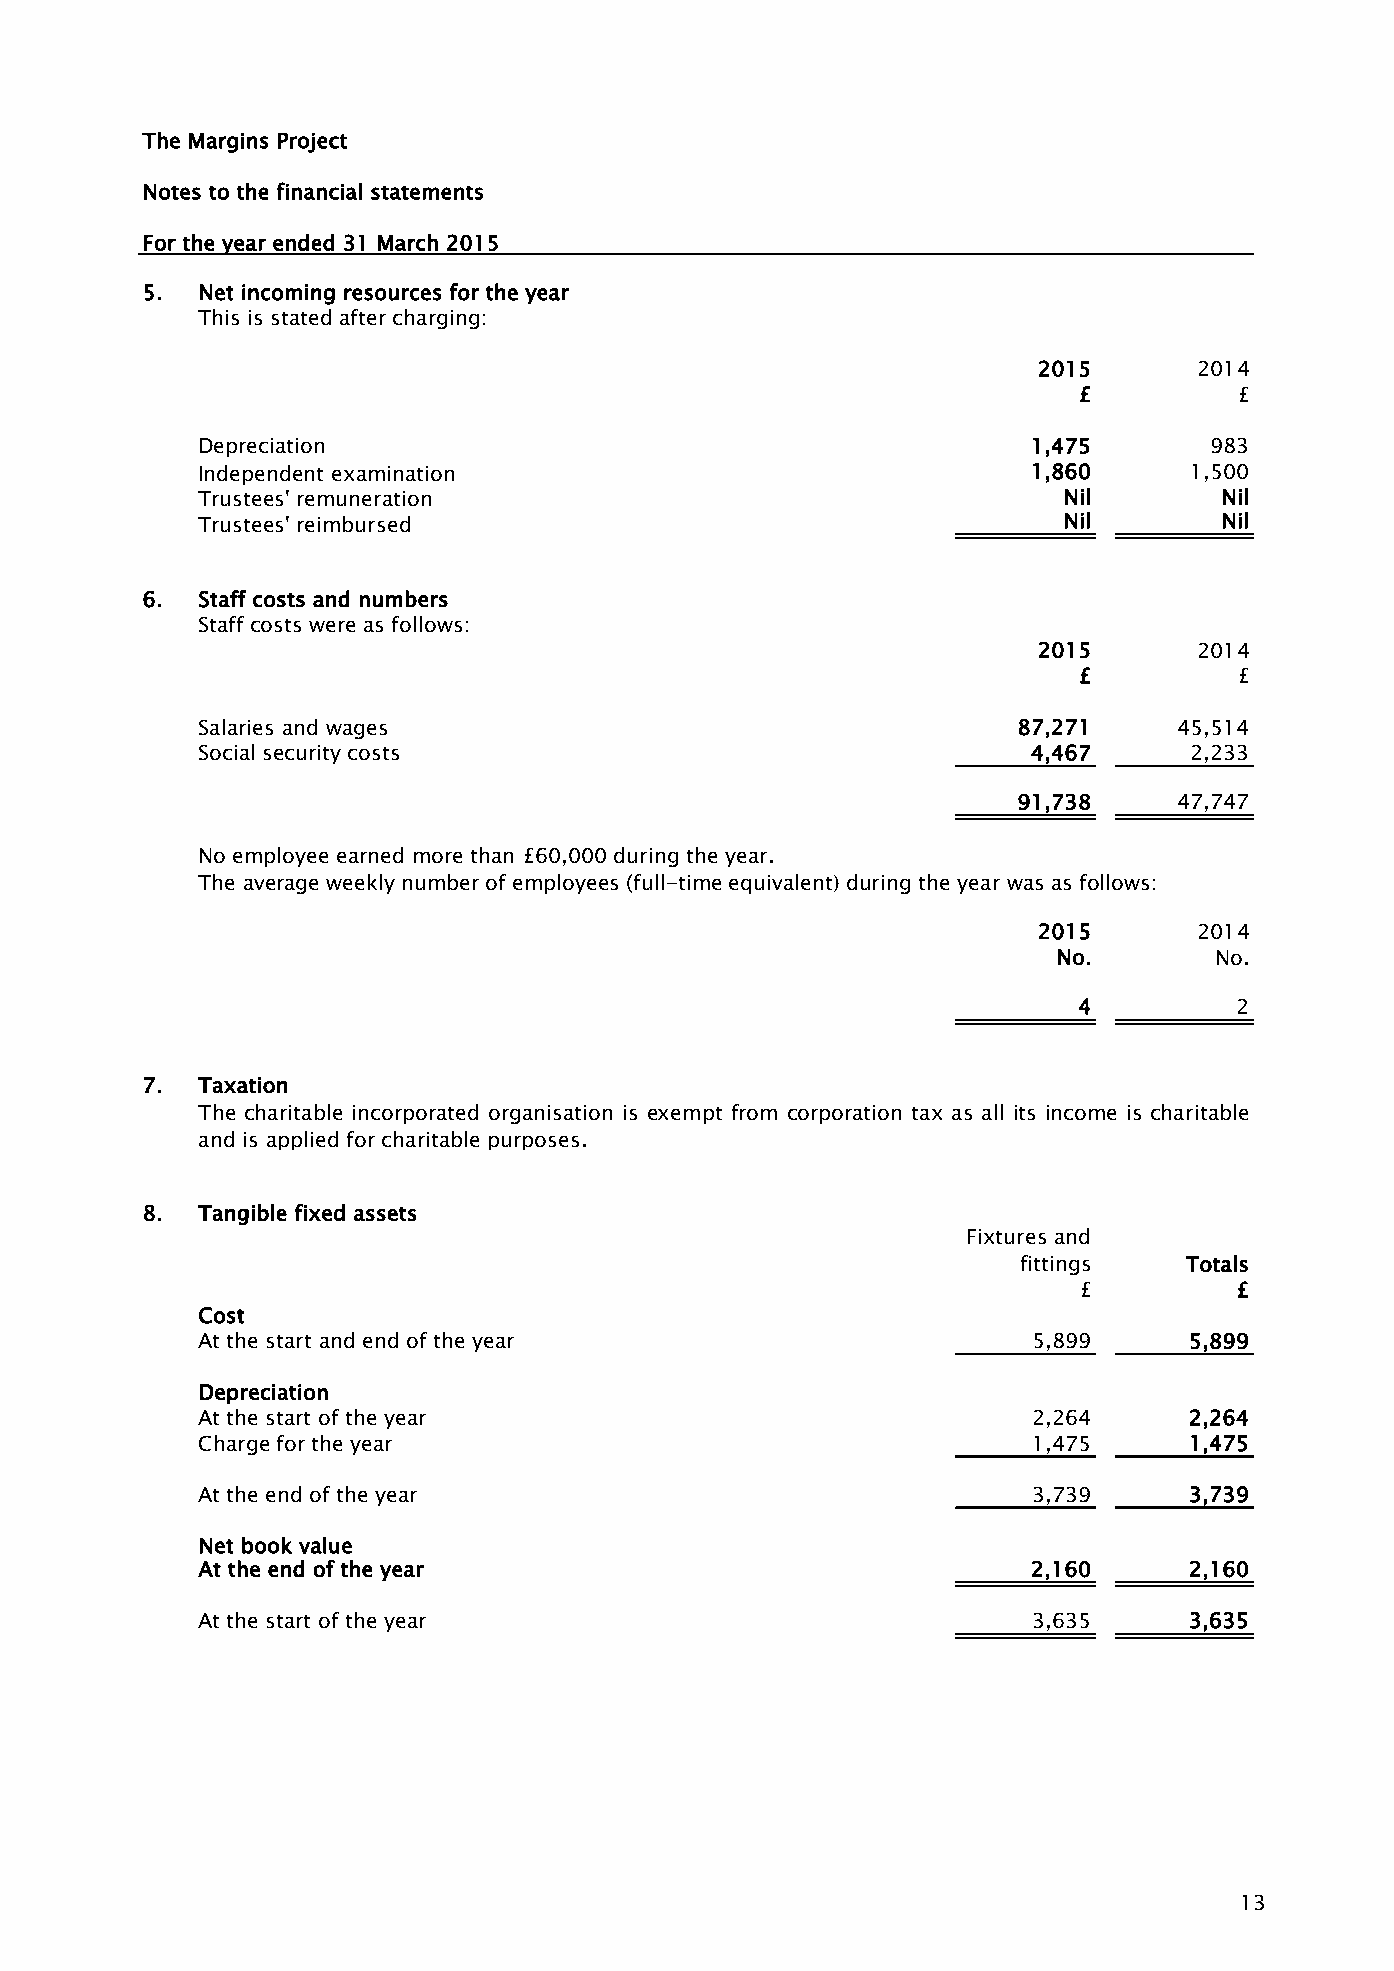
The Margins Project
 Notes to the financial statements
 For the year ended 31 March 2015
 5.  Net incoming resources for the year
 This is stated after charging:
 2015      2014
 £          £
 Depreciation                                           1,475       983
 Independent examination                                1,860      1,500
 Trustees' remuneration                                   Nil        Nil
 Trustees' reimbursed                                     Nil        Nil
 6.  Staff costs and numbers
 Staff costs were as follows:
 2015      2014
 £          £
 Salaries and wages                                    87,271     45,514
 Social security costs                                  4,467      2,233
 91,738     47,747
 No employee earned more than £60,000 during the year.
 The average weekly number of employees (full-time equivalent) during the year was as follows:
 2015      2014
 No.       No.
 4          2
 7.  Taxation
 The charitable incorporated organisation is exempt from corporation tax as all its income is charitable
 and is applied for charitable purposes.
 8.  Tangible fixed assets
 Fixtures and
 fittings  Totals
 £          £
 Cost
 At the start and end of the year                       5,899      5,899
 Depreciation
 At the start of the year                               2,264      2,264
 Charge for the year                                    1,475      1,475
 At the end of the year                                 3,739      3,739
 Net book value
 At the end of the year                                 2,160      2,160
 At the start of the year                               3,635      3,635
 13